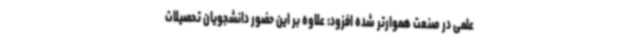
علمی در صنعت هموارتر شده افزود: علاوه بر این حضور دانشجویان تحصیلات